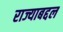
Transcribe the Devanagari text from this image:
राज्याबद्दल